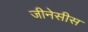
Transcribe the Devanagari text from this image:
जीनेसीस